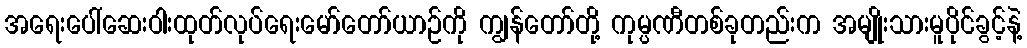
အရေးပေါ်ဆေးဝါးထုတ်လုပ်ရေးမော်တော်ယာဉ်ကို ကျွန်တော်တို့ ကုမ္ပဏီတစ်ခုတည်းက အမျိုးသားမူပိုင်ခွင့်နဲ့